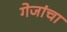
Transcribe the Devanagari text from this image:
गेजांचा